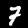
Digit: 7